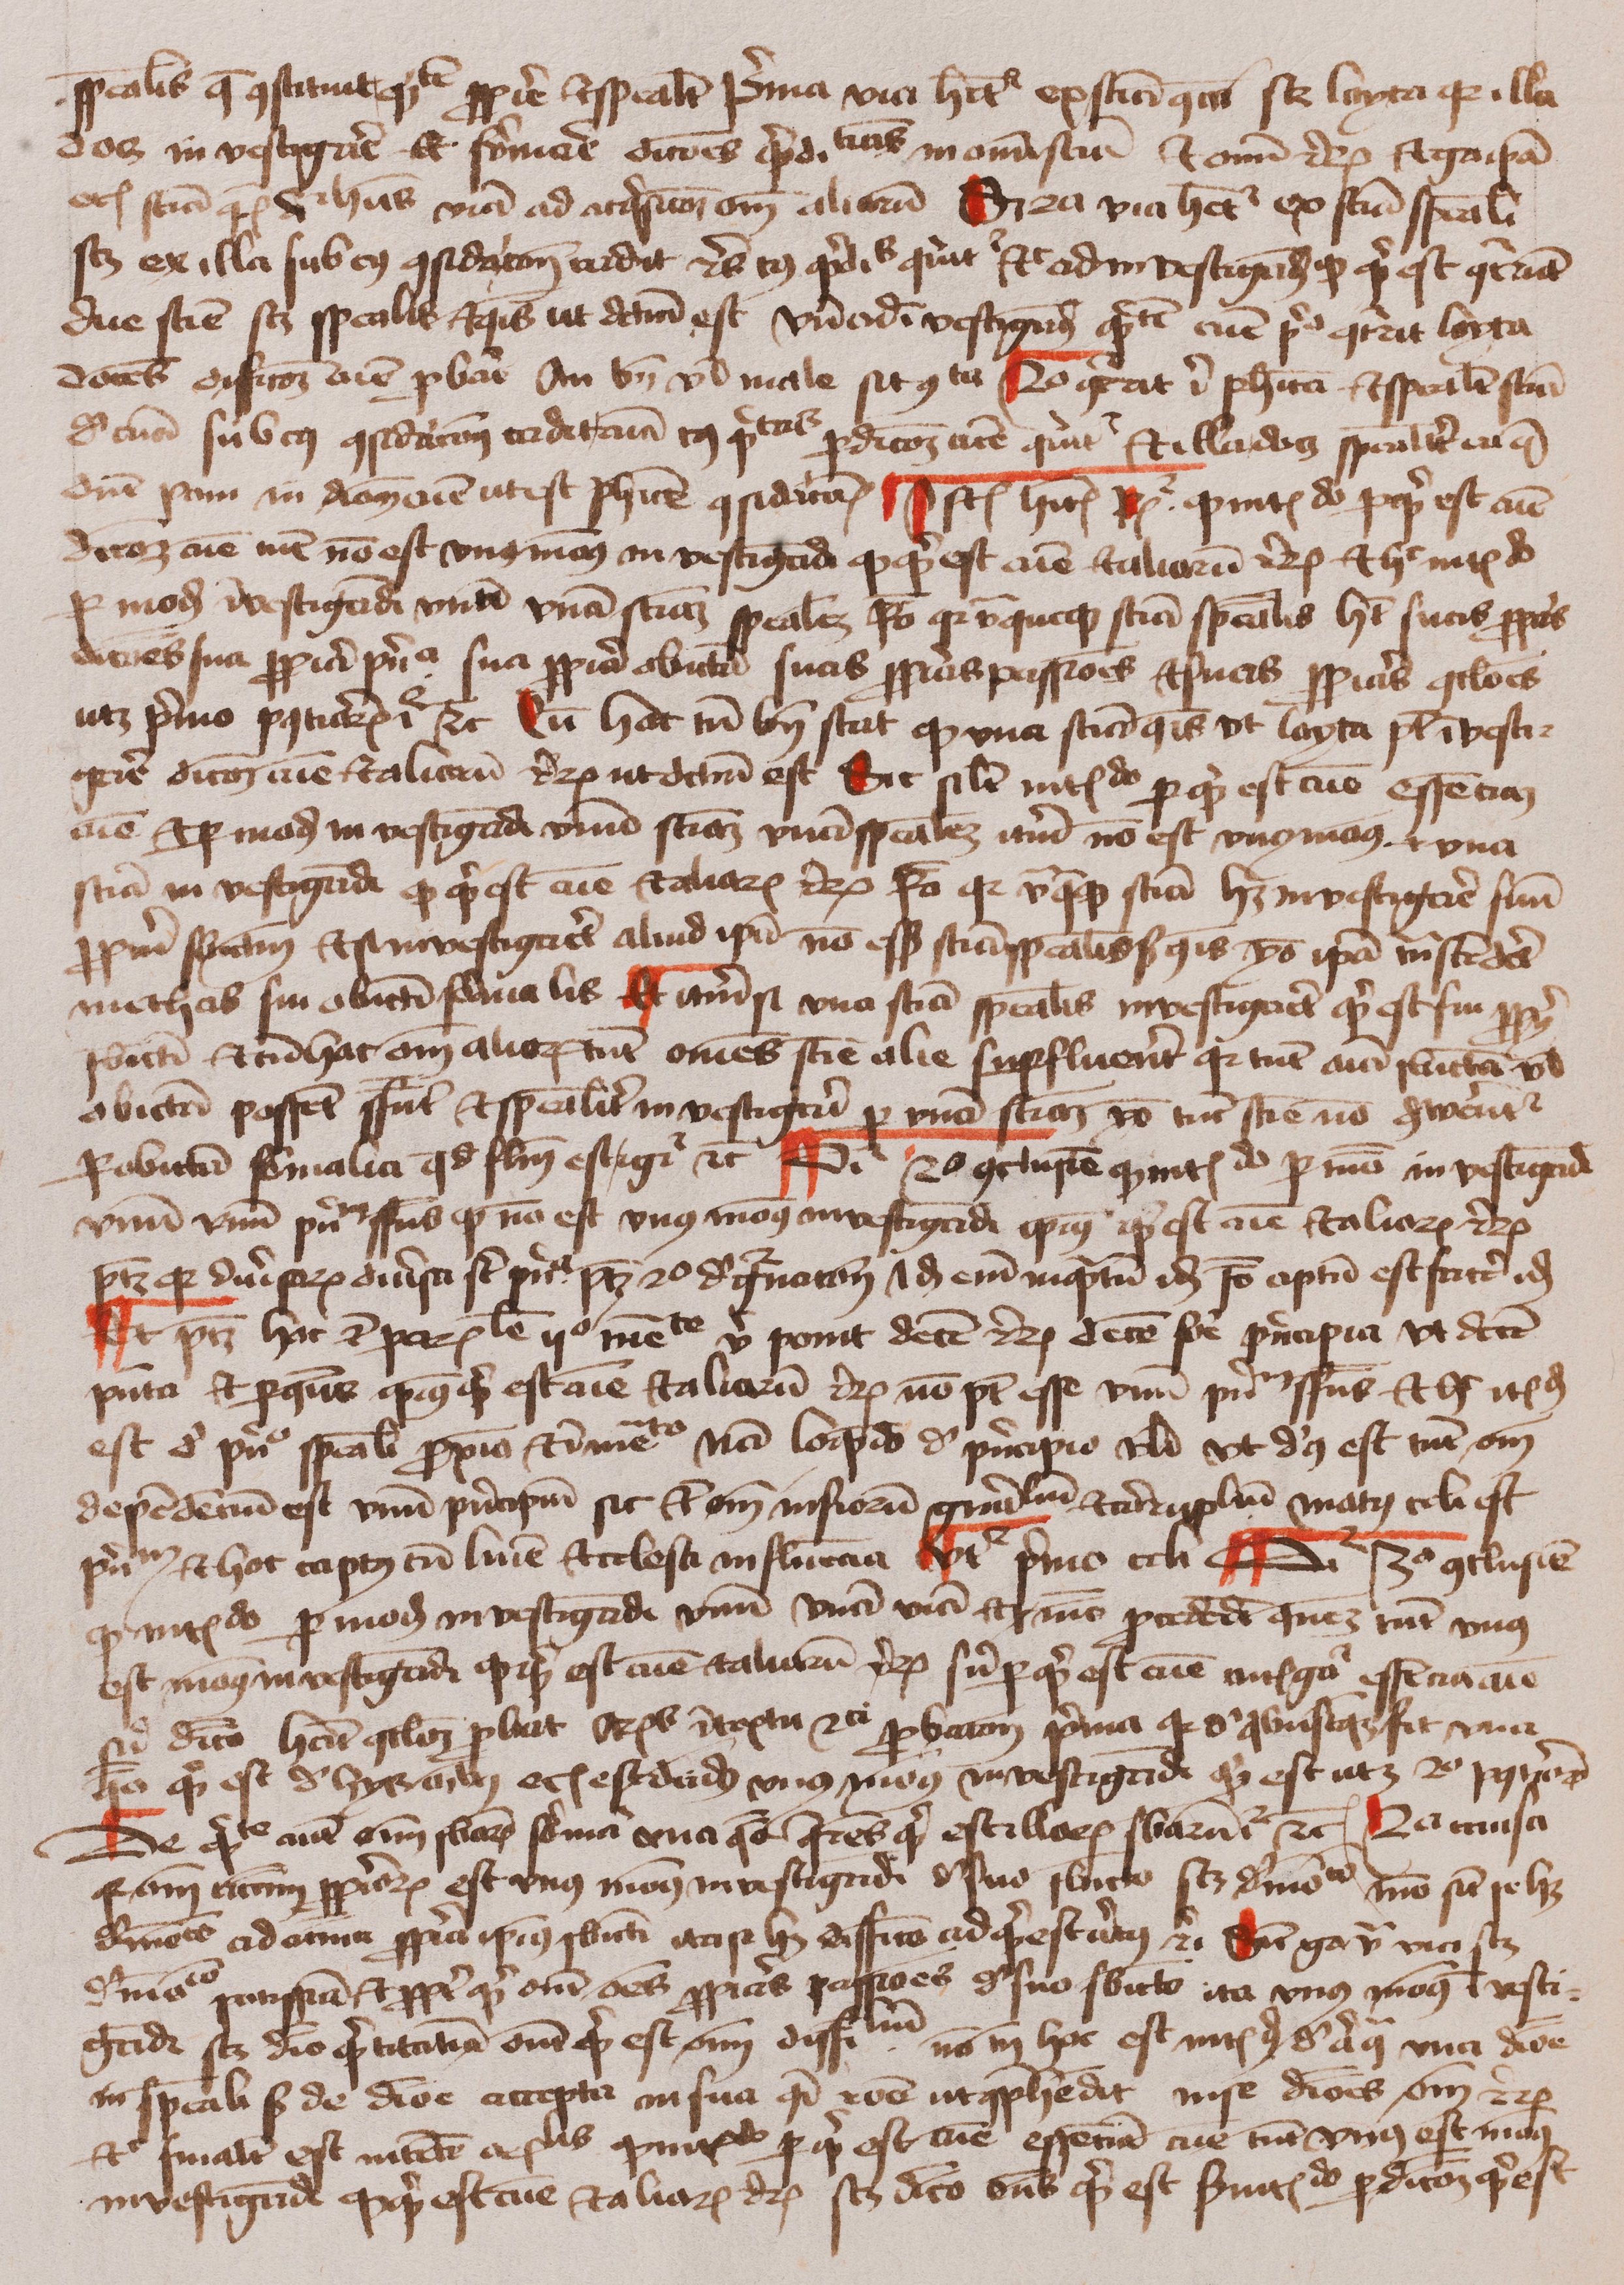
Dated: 1400–1499